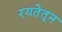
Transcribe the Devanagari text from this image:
रयतेतून